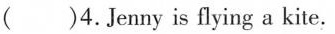
()4. Jenny is flying a kite.